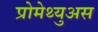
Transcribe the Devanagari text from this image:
प्रोमेथ्युअस